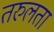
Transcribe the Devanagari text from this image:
तरुलता